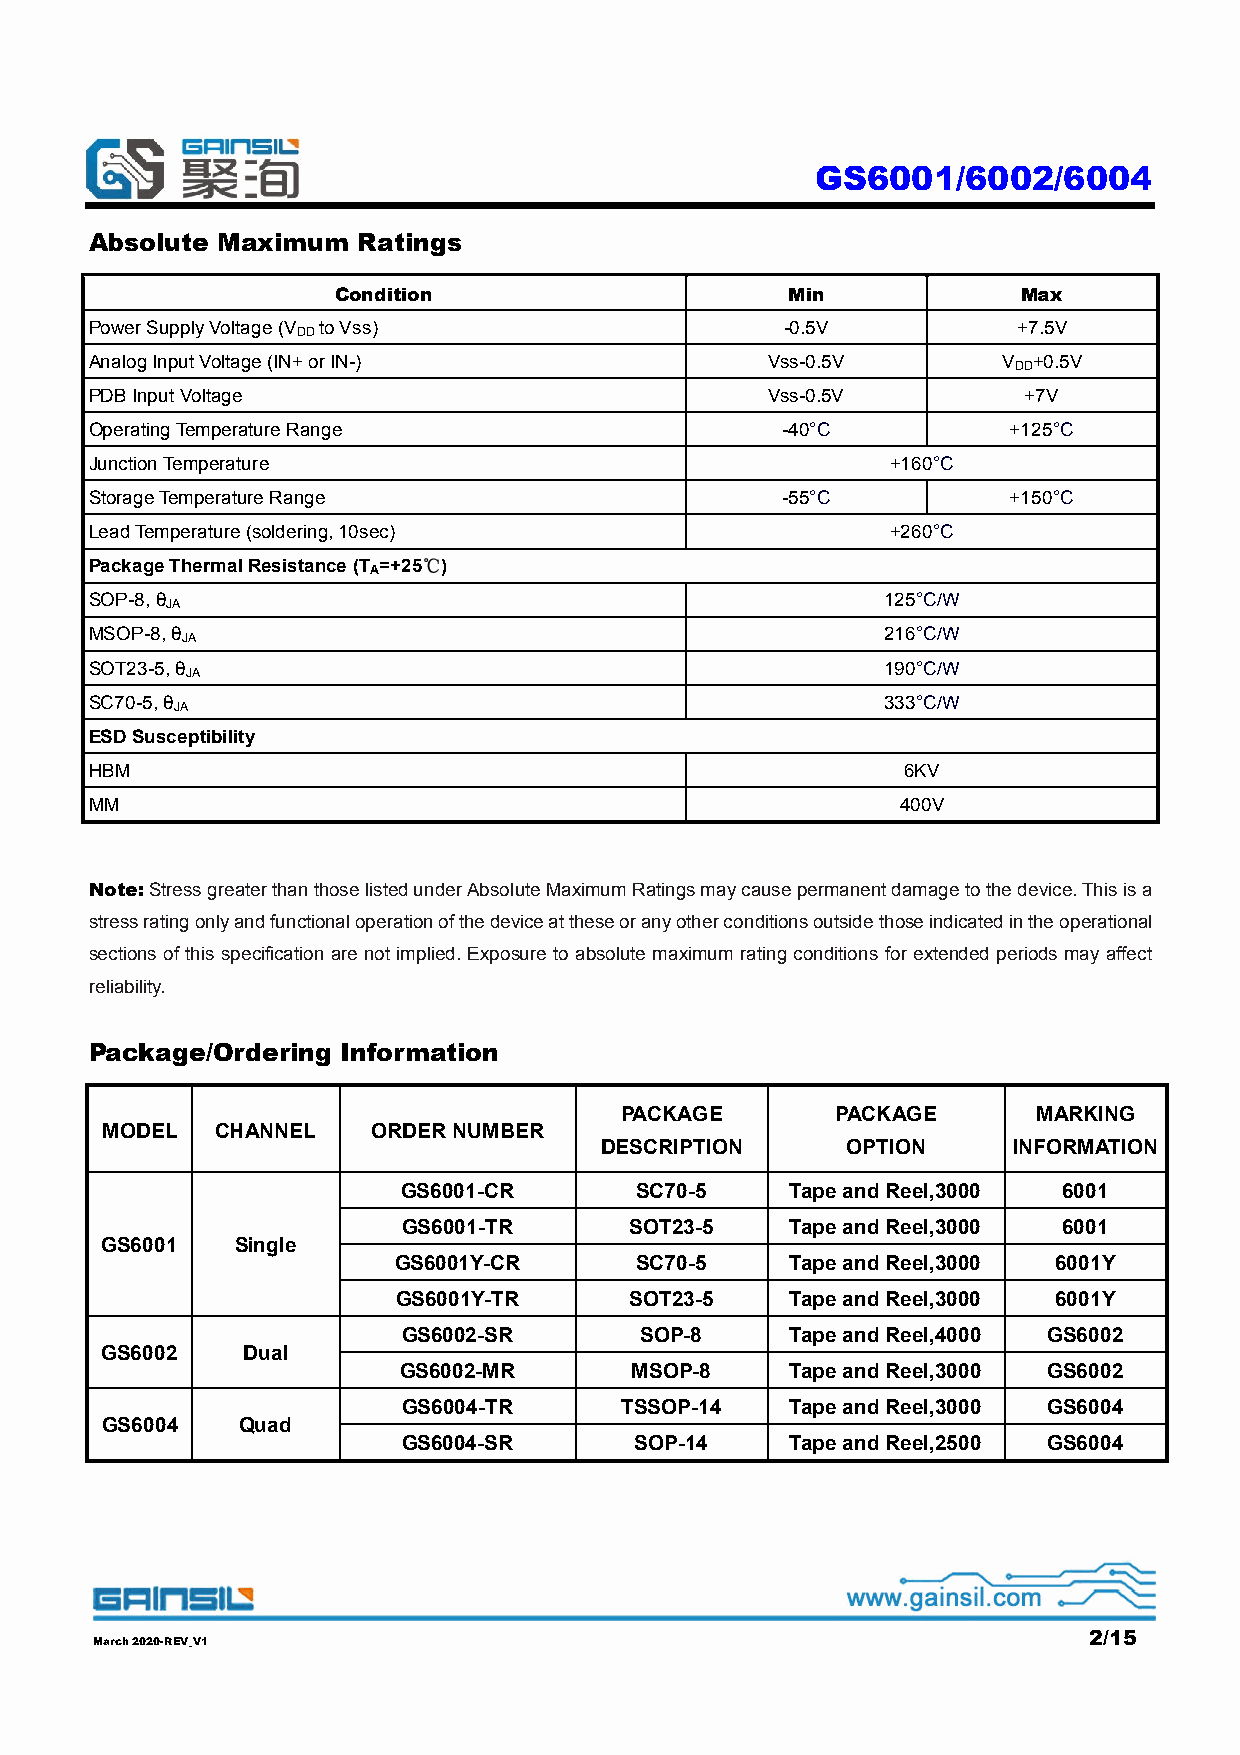
GS6001/6002/6004
 Absolute Maximum  Ratings
 Condition                     Min             Max
 Power Supply Voltage (V to Vss)               -0.5V          +7.5V
 DD
 Analog Input Voltage (IN+ or IN-)            Vss-0.5V       V +0.5V
 DD
 PDB Input Voltage                            Vss-0.5V         +7V
 Operating Temperature Range                   -40°C          +125°C
 Junction Temperature                                 +160°C
 Storage Temperature Range                     -55°C          +150°C
 Lead Temperature (soldering, 10sec)                  +260°C
 Package Thermal Resistance (T =+25℃)
 A
 SOP-8, θ                                             125°C/W
 JA
 MSOP-8, θ                                            216°C/W
 JA
 SOT23-5, θ                                           190°C/W
 JA
 SC70-5, θ                                            333°C/W
 JA
 ESD Susceptibility
 HBM                                                   6KV
 MM                                                    400V
 Note: Stress greater than those listed under Absolute Maximum Ratings may cause permanent damage to the device. This is a
 stress rating only and functional operation of the device at these or any other conditions outside those indicated in the operational
 sections of this specification are not implied. Exposure to absolute maximum rating conditions for extended periods may affect
 reliability.
 Package/Ordering Information
 PACKAGE       PACKAGE       MARKING
 MODEL  CHANNEL    ORDER NUMBER
 DESCRIPTION     OPTION     INFORMATION
 GS6001-CR      SC70-5    Tape and Reel,3000 6001
 GS6001-TR      SOT23-5   Tape and Reel,3000 6001
 GS6001   Single
 GS6001Y-CR      SC70-5    Tape and Reel,3000 6001Y
 GS6001Y-TR      SOT23-5   Tape and Reel,3000 6001Y
 GS6002-SR      SOP-8     Tape and Reel,4000 GS6002
 GS6002   Dual
 GS6002-MR       MSOP-8    Tape and Reel,3000 GS6002
 GS6004-TR     TSSOP-14   Tape and Reel,3000 GS6004
 GS6004   Quad
 GS6004-SR      SOP-14    Tape and Reel,2500 GS6004
 2/15
 March 2020-REV_V1